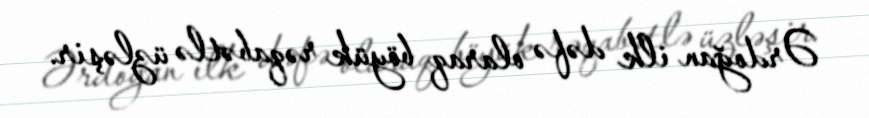
Ərdoğan ilk dəfə olaraq böyük rəqabətlə üzləşir.